Annual report of the Punjab Veterinary College and of the Civil Veterinary Department, Punjab - 1920-1925
Year: 1920
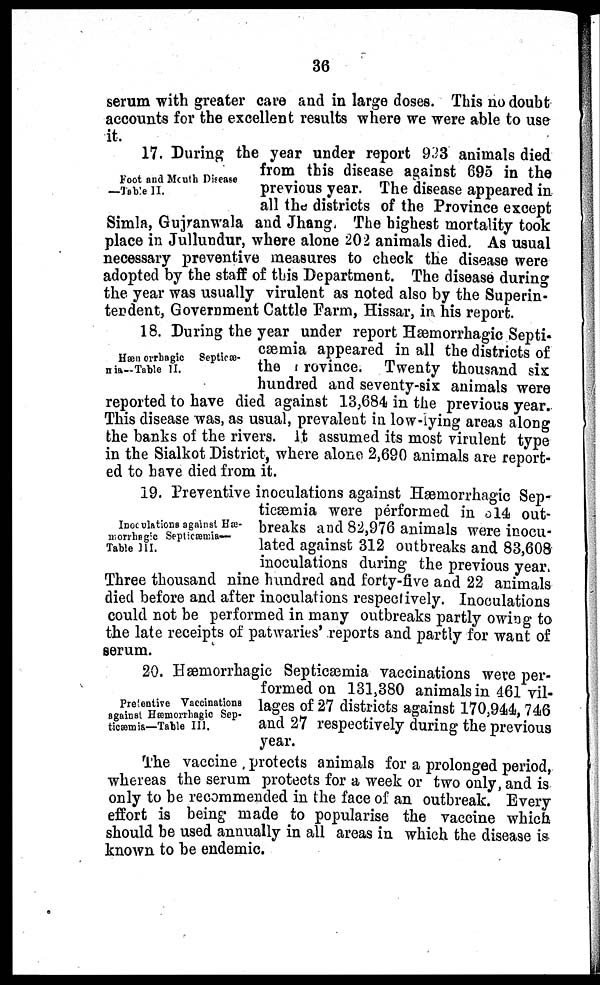
36
serum with greater care and in large doses. This no doubt
accounts for the excellent results where we were able to use
it.
Foot and Mouth Disease
—Table II.
17. During the year under report 983 animals died
from this disease against 695 in the
previous year. The disease appeared in
all the districts of the Province except
Simla, Gujranwala and Jhang. The highest mortality took
place in Jullundur, where alone 202 animals died. As usual
necessary preventive measures to check the disease were
adopted by the staff of this Department. The disease during
the year was usually virulent as noted also by the Superin-
tendent, Government Cattle Farm, Hissar, in his report.
Hæmorrhagic
Septicæ-
nia—Table II.
18. During the year under report Hæmorrhagic Septi-
cæmia appeared in all the districts of
the province. Twenty thousand six
hundred and seventy-six animals were
reported to have died against 13,684 in the previous year.
This disease was, as usual, prevalent in low-lying areas along
the banks of the rivers. It assumed its most virulent type
in the Sialkot District, where alone 2,690 animals are report-
ed to have died from it.
Inoculations against Hæ-
morrhagic Septicæmia—
Table III.
19. Preventive inoculations against Hærnorrhagic Sep-
ticæmia were performed in 314 out-
breaks and 82,976 animals were inocu-
lated against 312 outbreaks and 83,608
inoculations during the previous year
Three thousand nine hundred and forty-five and 22 animals
died before and after inoculations respectively. Inoculations
could not be performed in many outbreaks partly owing to
the late receipts of patwaries' reports and partly for want of
serum.
Preventive Vaccinations
against Hæmorrhagic Sep-
ticæmia—Table III.
20. Hæmorrhagic Septicæmia vaccinations were per-
formed on 131,380 animals in 461 vil-
lages of 27 districts against 170,944, 746
and 27 respectively during the previous
year.
The vaccine protects animals for a prolonged period,
whereas the serum protects for a week or two only, and is
only to be recommended in the face of an outbreak. Every
effort is being made to popularise the vaccine which
should be used annually in all areas in which the disease is
known to be endemic.